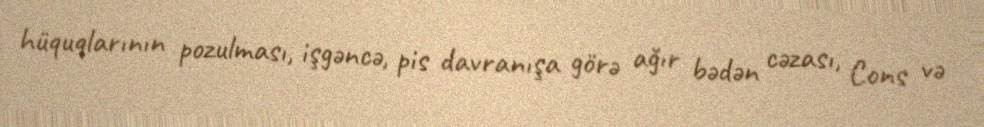
hüquqlarının pozulması, işgəncə, pis davranışa görə ağır bədən cəzası, Cons və